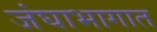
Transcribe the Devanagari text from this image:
जंघाभागात